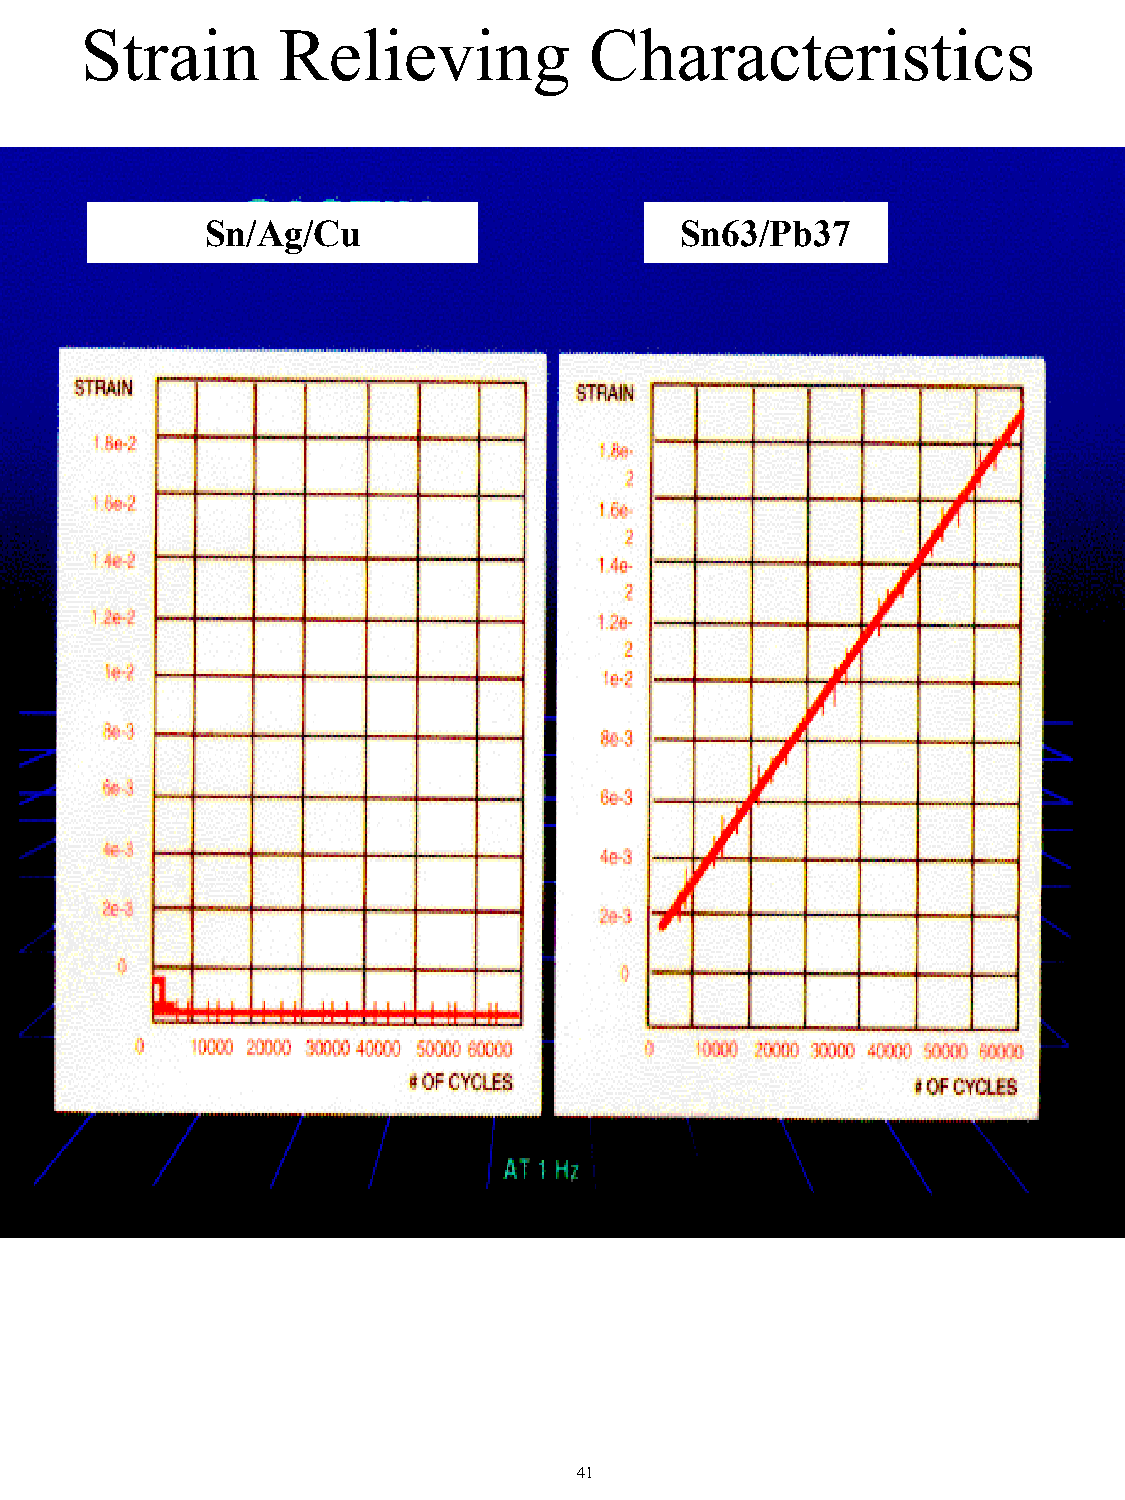
Strain       Relieving            Characteristics
 Sn/Ag/Cu                       Sn63/Pb37
 41